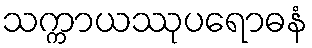
သက္ကာယဿုပရောဓနံ